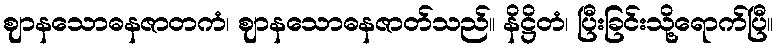
ဈာနသောဓနဇာတကံ၊ ဈာနသောဓနဇာတ်သည်။ နိဋ္ဌိတံ၊ ပြီးခြင်းသို့ရောက်ပြီ။